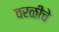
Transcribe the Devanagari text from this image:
वरळीचे